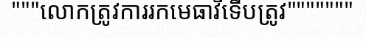
"""លោកត្រូវការរកមេធាវីទើបត្រូវ"""""""